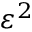
\varepsilon ^ { 2 }